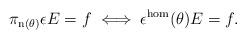
LaTeX: \begin{align*} \pi_{\textnormal{n}(\theta)}\epsilon E = f \iff \epsilon^{\textnormal{hom}}(\theta) E=f.\end{align*}